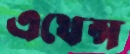
এথেন্স